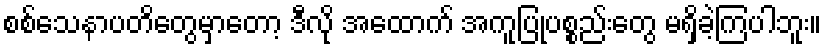
စစ်သေနာပတိတွေမှာတော့ ဒီလို အထောက် အကူပြုပစ္စည်းတွေ မရှိခဲ့ကြပါဘူး။